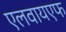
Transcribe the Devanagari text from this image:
एलवायएफ